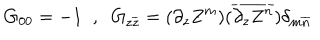
G _ { 0 0 } = - 1 \; \; , \; \; G _ { z \overline { { { z } } } } = ( \partial _ { z } Z ^ { m } ) ( \overline { { { \partial _ { z } Z ^ { n } } } } ) \delta _ { m \overline { { { n } } } }